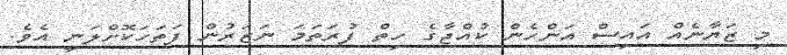
މި ޒަޔާނެއް އައިސް އަންހެން ކުއްޖާގެ ހިތް ފުރަތަމަ ނަޒަރުން ފަތަހަކޮށްލަނީ އެވެ.